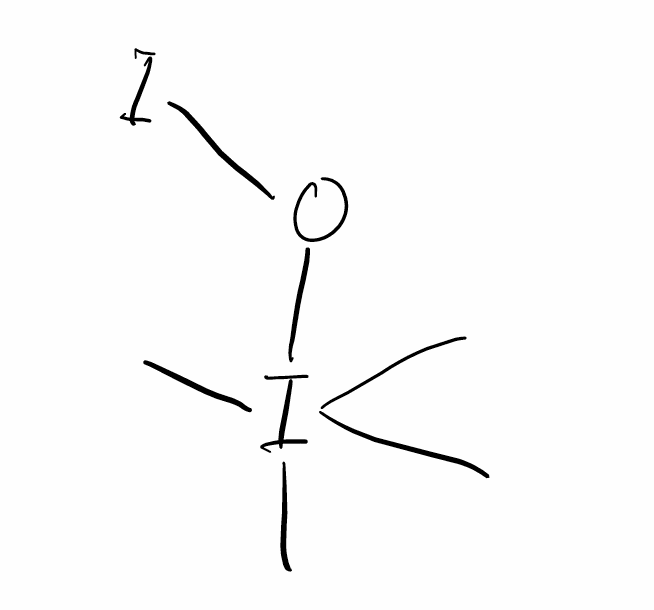
Simplified molecular-input line-entry system (SMILES) notation of the given molecule:
CI(C)(C)(C)OI